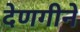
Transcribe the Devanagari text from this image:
देणगीने